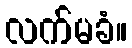
လက်မခံ။